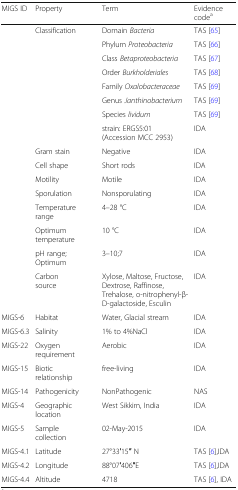
<table><thead><tr><td><b>MIGS ID</b></td><td><b>Property</b></td><td><b>Term</b></td><td><b>Evidence code<sup>a</sup></b></td></tr></thead><tbody><tr><td></td><td>Classification</td><td>Domain <i>Bacteria</i></td><td>TAS [65]</td></tr><tr><td></td><td></td><td>Phylum <i>Proteobacteria</i></td><td>TAS [66]</td></tr><tr><td></td><td></td><td>Class <i>Betaproteobacteria</i></td><td>TAS [67]</td></tr><tr><td></td><td></td><td>Order <i>Burkholderiales</i></td><td>TAS [68]</td></tr><tr><td></td><td></td><td>Family <i>Oxalobacteraceae</i></td><td>TAS [69]</td></tr><tr><td></td><td></td><td>Genus <i>Janthinobacterium</i></td><td>TAS [69]</td></tr><tr><td></td><td></td><td>Species <i>lividum</i></td><td>TAS [69]</td></tr><tr><td></td><td></td><td>strain: ERGS5:01(Accession MCC 2953)</td><td>IDA</td></tr><tr><td></td><td>Gram stain</td><td>Negative</td><td>IDA</td></tr><tr><td></td><td>Cell shape</td><td>Short rods</td><td>IDA</td></tr><tr><td></td><td>Motility</td><td>Motile</td><td>IDA</td></tr><tr><td></td><td>Sporulation</td><td>Nonsporulating</td><td>IDA</td></tr><tr><td></td><td>Temperature range</td><td>4–28 °C</td><td>IDA</td></tr><tr><td></td><td>Optimum temperature</td><td>10 °C</td><td>IDA</td></tr><tr><td></td><td>pH range; Optimum</td><td>3–10;7</td><td>IDA</td></tr><tr><td></td><td>Carbon source</td><td>Xylose, Maltose, Fructose, Dextrose, Raffinose, Trehalose, o-nitrophenyl-β-D-galactoside, Esculin</td><td>IDA</td></tr><tr><td>MIGS-6</td><td>Habitat</td><td>Water, Glacial stream</td><td>IDA</td></tr><tr><td>MIGS-6.3</td><td>Salinity</td><td>1% to 4%NaCl</td><td>IDA</td></tr><tr><td>MIGS-22</td><td>Oxygen requirement</td><td>Aerobic</td><td>IDA</td></tr><tr><td>MIGS-15</td><td>Biotic relationship</td><td>free-living</td><td>IDA</td></tr><tr><td>MIGS-14</td><td>Pathogenicity</td><td>NonPathogenic</td><td>NAS</td></tr><tr><td>MIGS-4</td><td>Geographic location</td><td>West Sikkim, India</td><td>IDA</td></tr><tr><td>MIGS-5</td><td>Sample collection</td><td>02-May-2015</td><td>IDA</td></tr><tr><td>MIGS-4.1</td><td>Latitude</td><td>27°33′15′′ N</td><td>TAS [6],IDA</td></tr><tr><td>MIGS-4.2</td><td>Longitude</td><td>88°07′406′′E</td><td>TAS [6],IDA</td></tr><tr><td>MIGS-4.4</td><td>Altitude</td><td>4718</td><td>TAS [6], IDA</td></tr></tbody></table>